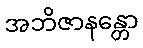
အဘိဇာနန္တော